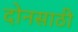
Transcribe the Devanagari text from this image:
दोनसाठी